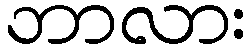
ဘာလား